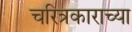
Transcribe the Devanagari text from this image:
चरित्रकाराच्या